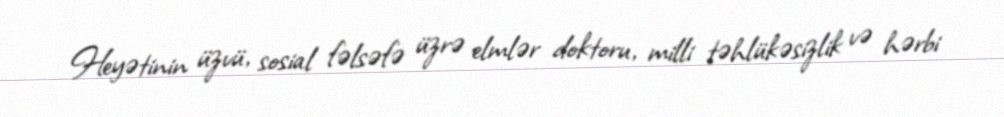
Heyətinin üzvü, sosial fəlsəfə üzrə elmlər doktoru, milli təhlükəsizlik və hərbi